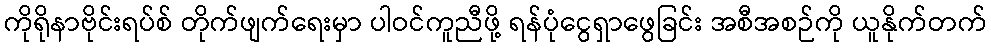
ကိုရိုနာဗိုင်းရပ်စ် တိုက်ဖျက်ရေးမှာ ပါဝင်ကူညီဖို့ ရန်ပုံငွေရှာဖွေခြင်း အစီအစဉ်ကို ယူနိုက်တက်